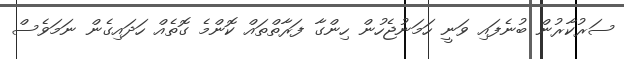
ސަރުކާރުން ބުނެފައި ވަނީ ހަމަނުޖެހުން ހިންގާ ފަރާތްތައް ކޮންމެ ގޮތެއް ހަދައިގެން ނަމަވެސް